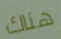
هناك